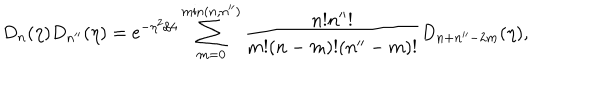
LaTeX: D _ { n } ( \eta ) D _ { n ^ { \prime \prime } } ( \eta ) = \mathrm { e } ^ { - \eta ^ { 2 } / 4 } \sum _ { m = 0 } ^ { \mathrm { m i n } ( n , n ^ { \prime \prime } ) } \frac { n ! n ^ { \prime \prime } ! } { m ! ( n - m ) ! ( n ^ { \prime \prime } - m ) ! } D _ { n + n ^ { \prime \prime } - 2 m } ( \eta ) ,